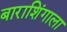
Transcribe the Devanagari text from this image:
बाराशिंगाला